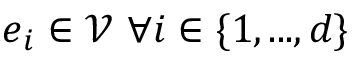
\boldsymbol { e } _ { i } \in \mathcal { V } \mathrm { ~ } \forall i \in \{ 1 , . . . , d \}